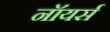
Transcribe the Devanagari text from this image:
नॉयर्स